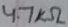
Text: 4.7KΩ